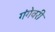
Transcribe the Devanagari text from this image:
गंगेवरी